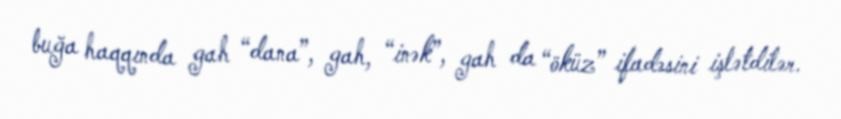
buğa haqqında gah “dana”, gah, “inək”, gah da “öküz” ifadəsini işlətdilər.